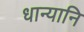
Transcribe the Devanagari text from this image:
धान्यानि